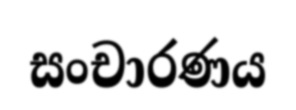
සංචාරණය